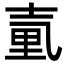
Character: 𡔬